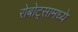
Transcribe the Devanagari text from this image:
रोबोट्सामध्ये